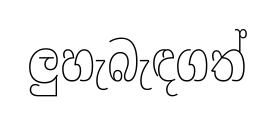
ලුහැබැඳගත්